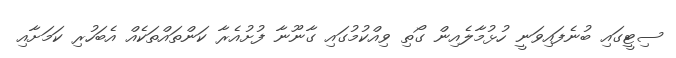
ސިޓީގައި ބުނެފައިވަނީ ހުޅުމާލެއިން ގޯތި ވިއްކުމުގައި ގާނޫނާ ފުށުއެރާ ކަންތައްތަކެއް އެބަހުރި ކަމަށާއި